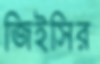
জিইসির